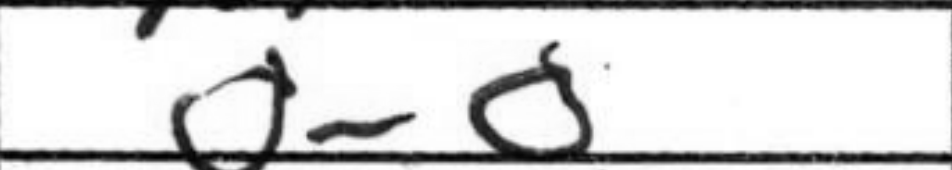
Transcription: O-O